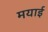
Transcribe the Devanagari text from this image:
मयाई